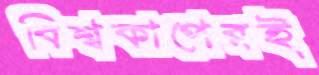
বিশ্বকাপেরই